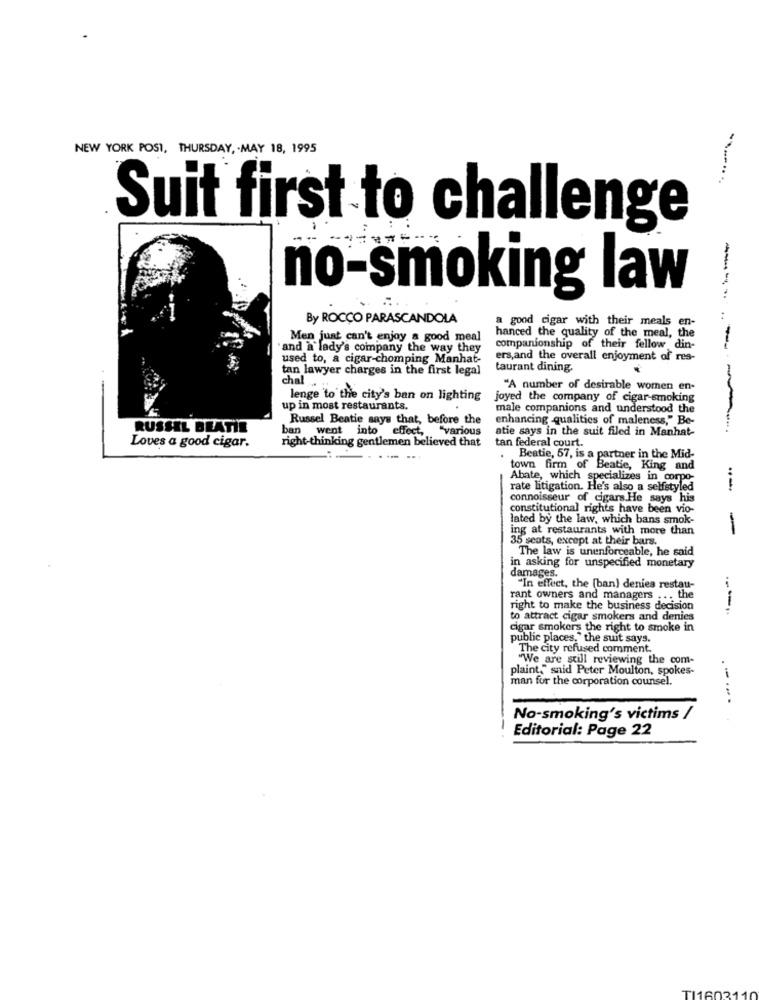
NEW YORK POST, THURSDAY, . MAY 18, 1995
Suit first to challenge
no-smoking law
By ROCCO PARASCANDOLA
a good cigar with their meals en-
Men just can't enjoy a good meal
hanced the quality of the meal, the
'and a lady's company the way they
companionship of their fellow din-
used to, a cigar-chomping Manhat-
ers,and the overall enjoyment of res-
tan lawyer charges in the first legal
taurant dining.
chal . .
"A number of desirable women en-
lenge to the city's ban on lighting
joyed the company of cigar-smoking
up in most restaurants.
male companions and understood the
Russel Beatie says that, before the
enhancing qualities of maleness," Be-
RUSSEL BEATIE
ban went into effect, "various
atie says in the suit filed in Manhat-
------
tan federal court.
Loves a good cigar.
right-thinking gentlemen believed that
Beatie, 57, is a partner in the Mid-
town firm of Beatie, King and
Abate, which specializes in corpo-
rate litigation. He's also a selfstyled
--
connoisseur of cigars.He says his
constitutional rights have been vio-
lated by the law, which bans smok-
ing at restaurants with more than
-
35 scots, except at their bars.
The law is unenforceable, he said
in asking for unspecified monetary
damages.
"In effect, the [ban) denies restau-
rant owners and managers ... the
right to make the business decision
----..
to attract cigar smokers and denies
cigar smokers the right to smoke in
public places," the suit says.
The city refused comment.
"We are still reviewing the com-
plaint." said Peter Moulton, spokes-
man for the corporation counsel.
No-smoking's victims /
.-... .
Editorial: Page 22
TI1603